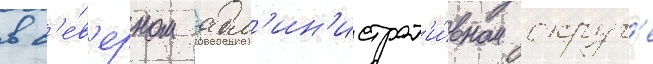
в с'е́в'ерном адм'ин'истрат'и́вном округ'е